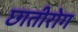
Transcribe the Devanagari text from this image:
छातीरोग